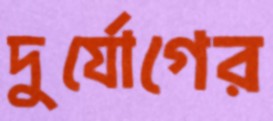
দুর্যোগের